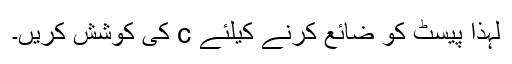
لہذا پیسٹ کو ضائع کرنے کیلئے c کی کوشش کریں۔